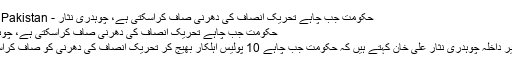
حکومت جب چاہے تحریک انصاف کی دھرنی صاف کراسکتی ہے، چوہدری نثار - Dunya Pakistan
حکومت جب چاہے تحریک انصاف کی دھرنی صاف کراسکتی ہے، چوہدری نثار
وفاقی وزیر داخلہ چوہدری نثار علی خان کہتے ہیں کہ حکومت جب چاہے 10 پولیس اہلکار بھیج کر تحریک انصاف کی دھرنی کو صاف کراسکتی ہے۔